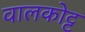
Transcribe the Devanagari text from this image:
वालकोट्ट